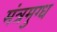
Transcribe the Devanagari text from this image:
मंत्रमुग्‍ध